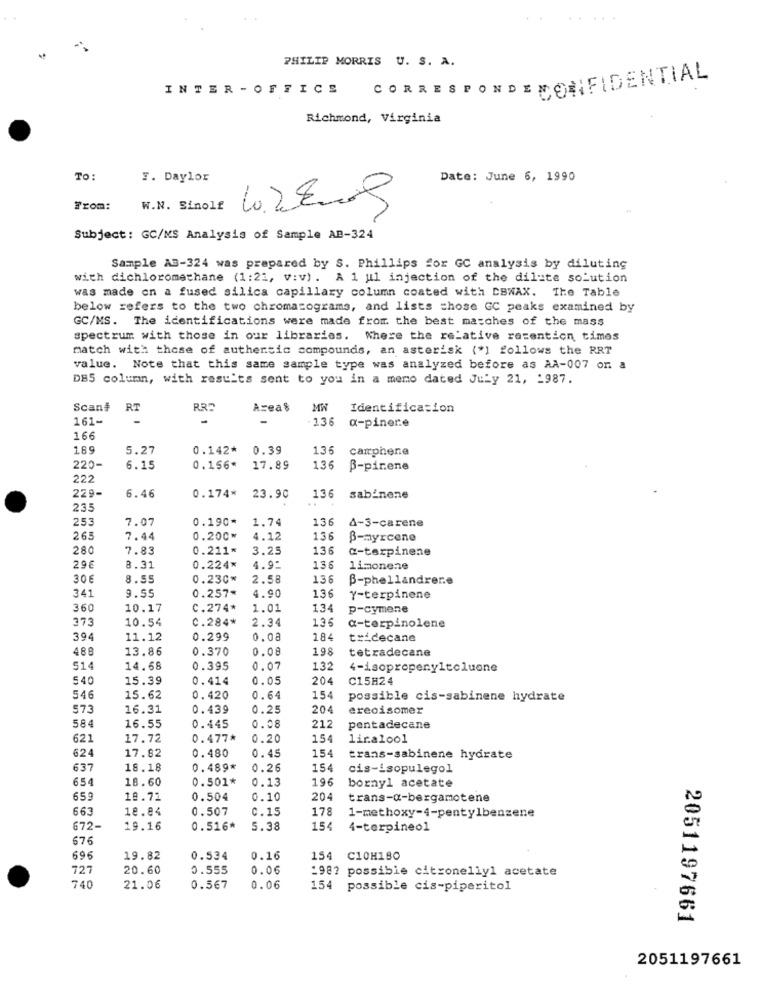
PHILIP MORRIS U. S. A.
INTER - OFFICE CORRESPONDENCEIFIDENTIAL
Richmond, Virginia
TO:
F. Daylor
Date: June 6, 1990
---
From:
W.N. Sinolf
Subject: GC/MS Analysis of Sample AB-324
Sample A3-324 was prepared by S. Phillips for GC analysis by diluting
with dichloromethane (1:21, v:v). A 1 ul injection of the dilute solution
was made on a fused silica capillary column coated with CBWAX. The Table
below refers to the two chromatograms, and lists chose GC peaks examined by
GC/MS. The identifications were made from the best matches of the mass
spectrum with those in our libraries. Where the relative retention times
match with those of authentic compounds, an asterisk (*] follows the RRT
value. Note that this same sample type was analyzed before as AA-007 on a
DB5 column, with results sent to you in a memo dated July 21, 1987.
Scan#
RT
RR5
Area$
MW
Identification
161-
-
-
1,36
a-pinere
166
189
5.27
0.142*
0.39
136
carrphene
220-
6.15
0.156*
17.89
136
B-pirene
222
229-
136
6.46
0.174*
23.90
sabinene
23.
253
7.07
0.190*
1.74
136
4-3-carene
265
7.44
0.200*
4.12
136
B-myrcene
280
7.83
0.211*
3.25
136
a-terpinene
29€
8.31
0.224*
4.9:
136
limonene
306
8.55
0.230*
2.58
136
B-phellandrere
0.257*
4.90
136
345
9.55
Y-terpinene
360
10.17
C.274*
1.01
134
p-cymene
373
10.54
C.284*
2.34
136
a-terpinolene
394
11.12
0.299
0.08
184
teidecane
488
13.86
0.370
0.08
198
tetradecane
514
14.68
0.395
0.07
132
4-isopropeny1toluene
540
15.39
0.414
0.05
204
C15H24
546
15.62
0.420
0.64
154
possible cis-sabinene hydrate
573
16.31
0.439
0.25
204
ereoisomer
0.08
212
584
16.55
0.445
pentadecane
621
17.72
0.477*
0.20
154
liralool
154
624
17.82
0.480
0.45
trans-sabinene hydrate
637
18.18
0.489*
0.26
154
cis-isopulegol
654
18.60
0.501*
0.13
196
bornyl acetate
659
19.72
0.504
0.10
204
trans-a-bergamotene
663
18.84
0.507
0.15
178
1-methoxy-4-pentylbenzene
672-
19.16
0.516*
5.38
154
4-terpineol
67€
696
19.82
0.534
0.16
154 C10H180
727
20.60
0.555
0.06
1987 possible citronellyl acetate
740
21.06
0.567
0.06
154 possible cis-piperitol
2051197661
2051197661